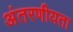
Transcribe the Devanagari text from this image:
अंतरणीयता